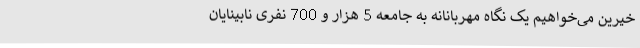
خیرین می‌خواهیم یک نگاه مهربانانه به جامعه 5 هزار و 700 نفری نابینایان